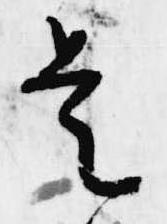
是